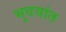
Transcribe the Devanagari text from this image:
भुवयांत